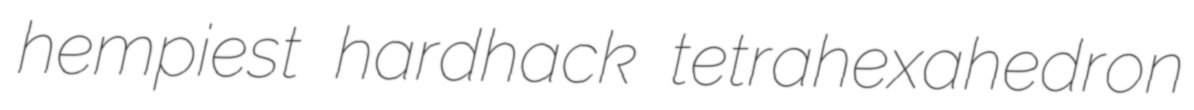
hempiest hardhack tetrahexahedron